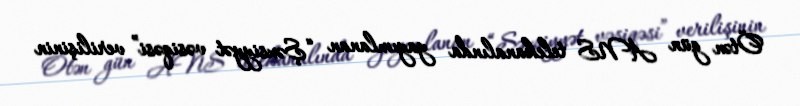
Ötən gün ANS telekanalında yayımlanan “Şəxsiyyət vəsiqəsi” verilişinin